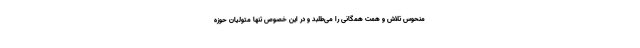
منحوس تلاش و همت همگانی را می‌طلبد و در این خصوص تنها متولیان حوزه